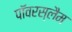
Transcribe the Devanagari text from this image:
पॉवरस्लैम